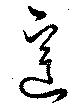
送